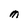
Character: M